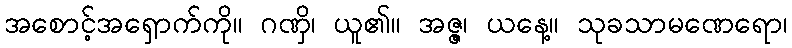
အစောင့်အရှောက်ကို။ ဂဏှိ၊ ယူ၏။ အဇ္ဇ၊ ယနေ့။ သုခသာမဏေရော၊